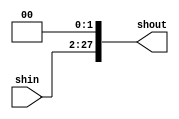
module shift26_28(shout,shin);
output [27:0] shout;
input [25:0] shin;
assign shout={shin,2'b00};
endmodule